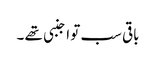
باقی سب تو اجنبی تھے ۔